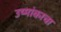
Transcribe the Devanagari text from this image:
उष्मांकाचा